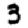
Digit: 3